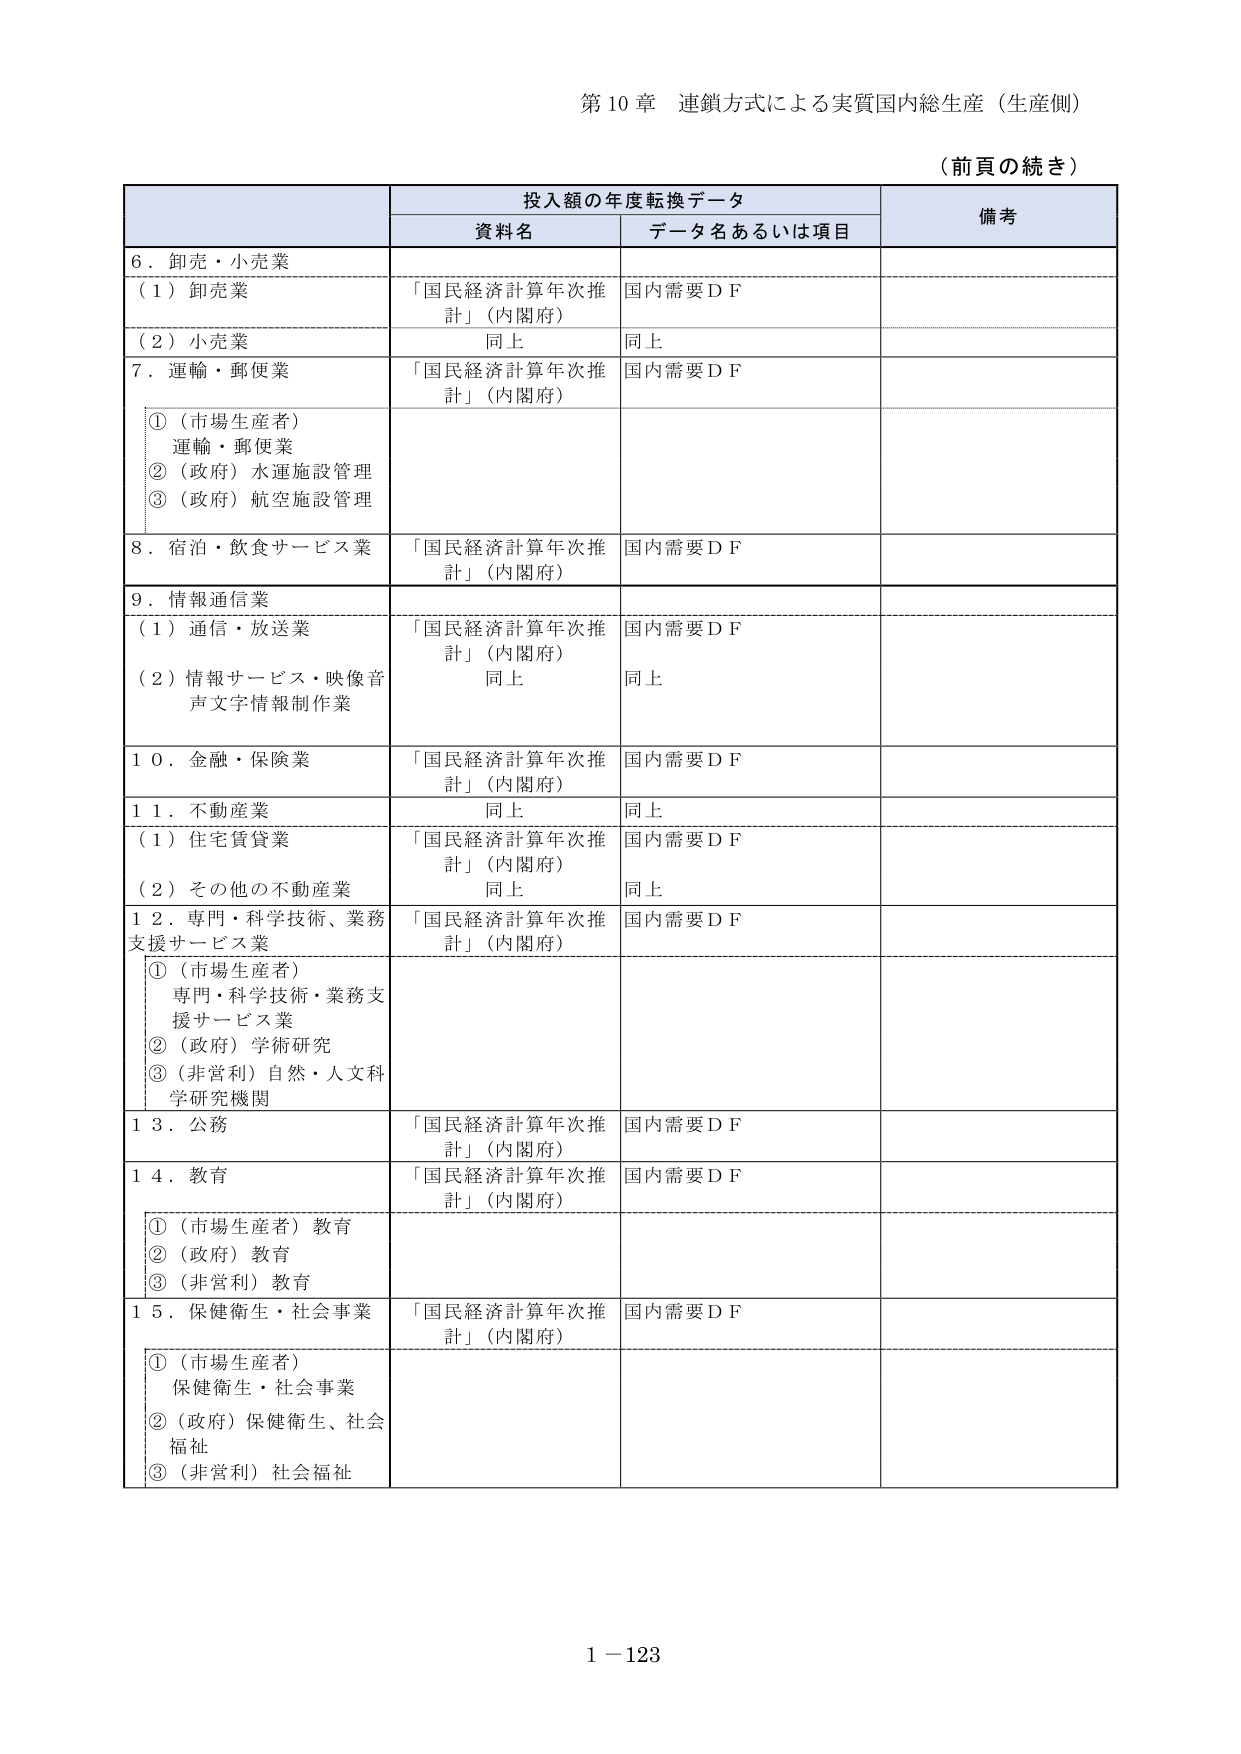
第10章 連鎖方式による実質国内総生産（生産側）

（前頁の続き）

投入額の年度転換データ

資料名 データ名あるいは項目 備考

6．卸売・小売業
（1）卸売業 「国民経済計算年次推計」（内閣府） 国内需要ＤＦ
（2）小売業 同上 同上

7．運輸・郵便業 「国民経済計算年次推計」（内閣府） 国内需要ＤＦ
①（市場生産者）運輸・郵便業
②（政府）水運施設管理
③（政府）航空施設管理

8．宿泊・飲食サービス業 「国民経済計算年次推計」（内閣府） 国内需要ＤＦ

9．情報通信業
（1）通信・放送業 「国民経済計算年次推計」（内閣府） 国内需要ＤＦ
（2）情報サービス・映像音声文字情報制作業 同上 同上

10．金融・保険業 「国民経済計算年次推計」（内閣府） 国内需要ＤＦ

11．不動産業 同上 同上
（1）住宅賃貸業 「国民経済計算年次推計」（内閣府） 国内需要ＤＦ
（2）その他の不動産業 同上 同上

12．専門・科学技術・業務支援サービス業 「国民経済計算年次推計」（内閣府） 国内需要ＤＦ
①（市場生産者）専門・科学技術・業務支援サービス業
②（政府）学術研究
③（非営利）自然・人文科学研究機関

13．公務 「国民経済計算年次推計」（内閣府） 国内需要ＤＦ

14．教育 「国民経済計算年次推計」（内閣府） 国内需要ＤＦ
①（市場生産者）教育
②（政府）教育
③（非営利）教育

15．保健衛生・社会事業 「国民経済計算年次推計」（内閣府） 国内需要ＤＦ
①（市場生産者）保健衛生・社会事業
②（政府）保健衛生、社会福祉
③（非営利）社会福祉

1－123